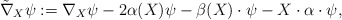
\begin{align*}\tilde{\nabla}_X\psi:=\nabla_X\psi-2\alpha(X)\psi-\beta(X)\cdot\psi-X\cdot\alpha\cdot\psi, \end{align*}